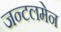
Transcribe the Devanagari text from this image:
जन्टलमेन